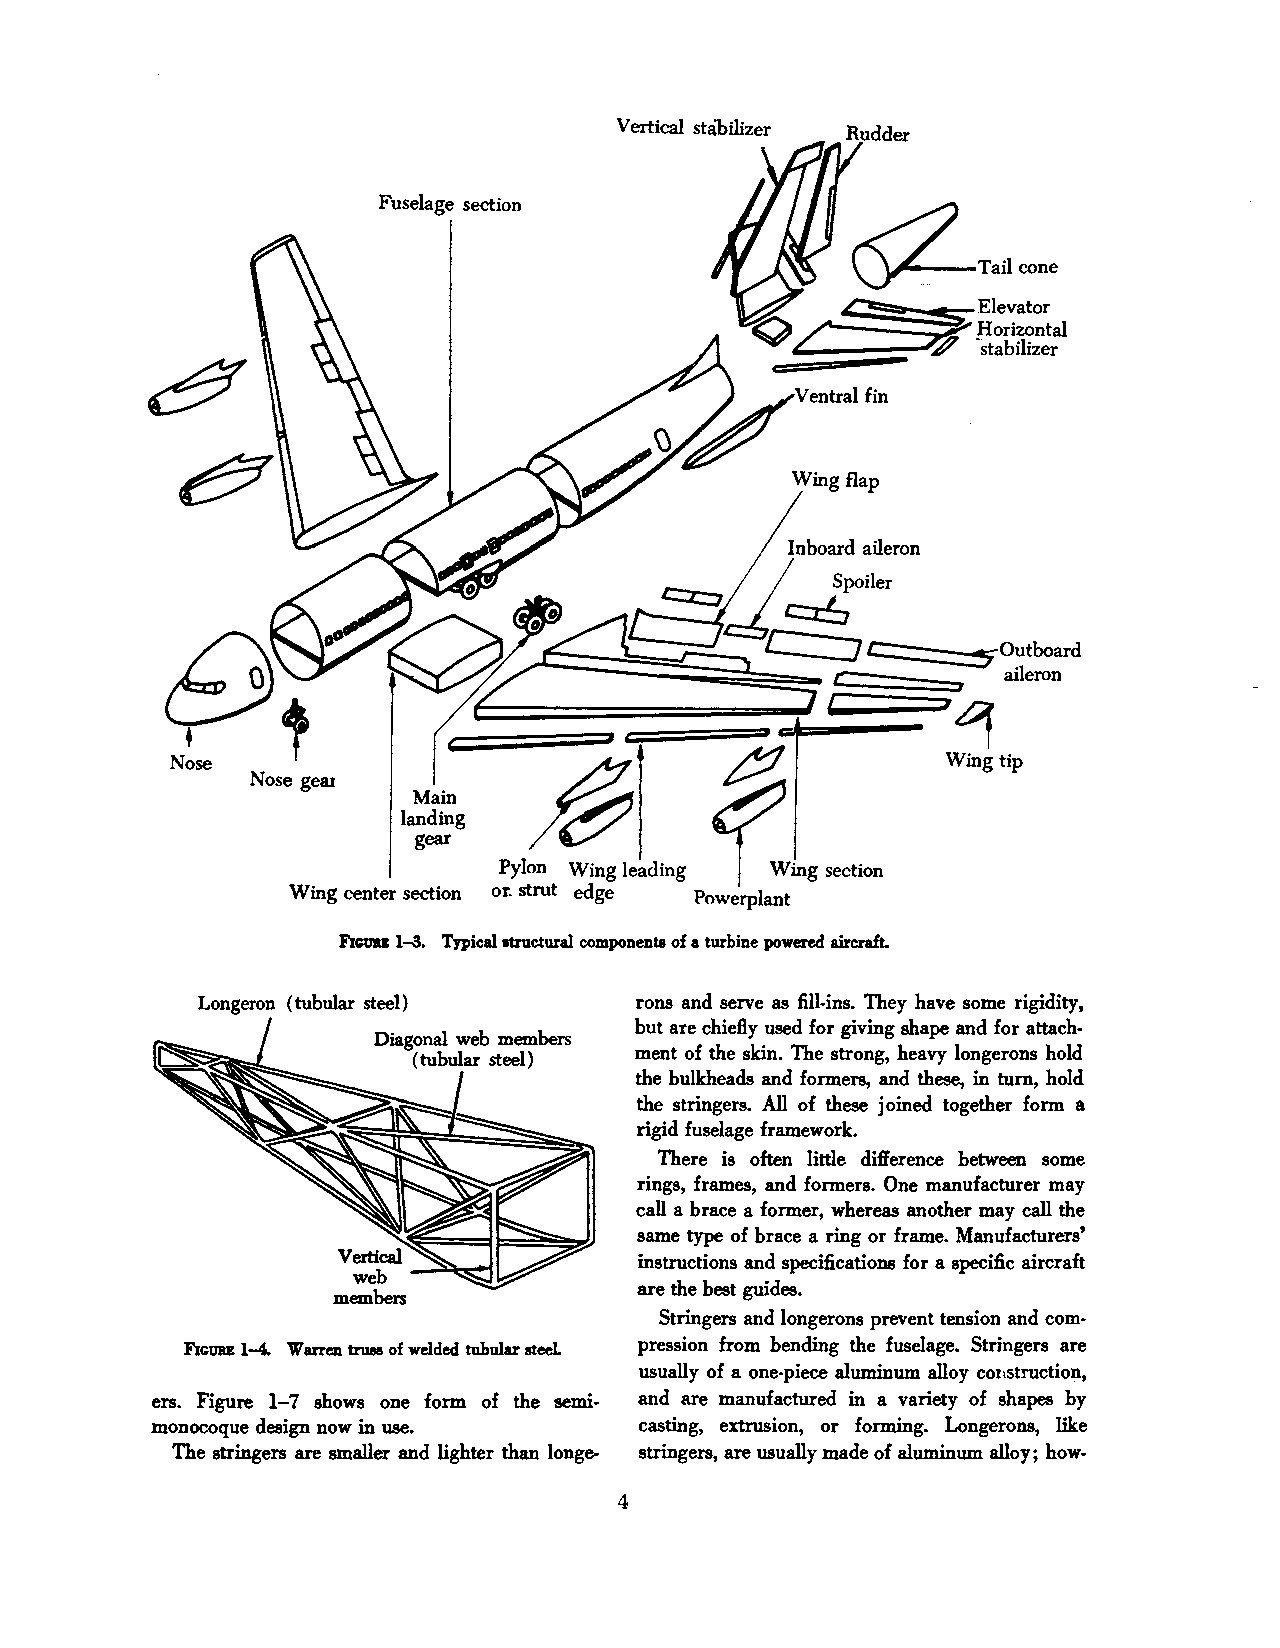
Vertical stabilizer Rudder
 Fuselage section
 Inboard aileron
 'Li
 g,
 Wing tip
 ?:!.
 Main                f.mg   ...-
 landing
 gear
 Pylon wmg leadmg
 Wing center section or. strut edge Powerplant
 F!Guu 1-S. Typical atructural components of a turbine powered aircraft.
 Longeron (tubular steel)     rons and serve as fill-ins. They have some rigidity,
 but are chiefly used for giving shape and for attach
 ment of the skin. The strong, heavy longerons hold
 the bulkheads and formers, and these, in tum, hold
 the stringers. All of these joined together form a
 rigid fuselage framework.
 There is often little di1Jerence between some
 rings, frames, and formers. One manufacturer may
 call a brace a former, whereas another may call the
 same type of brace a ring or frame. Manufacturers'
 instructions and specifications for a specific aircraft
 are the best guides.
 Stringers and longerons prevent tension and com
 Fic'llllB 1-4. Warren tru11 of welded tubular steeL pression from bending the fuselage. Stringers are
 usually of a one-piece aluminum alloy cottstruction,
 ers. Figure 1-7 shows one form of the semi and are manufactured in a variety of shapes by
 monocoque design now in use.    casting, extrusion, or forming. Longerons, like
 The stringers are smaller and lighter than Ionge- stringers, are usually made of aluminum alloy; how-
 4